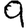
Digit: 9